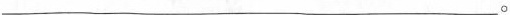
___。